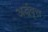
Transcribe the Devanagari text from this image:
अर्द्धवृत्त